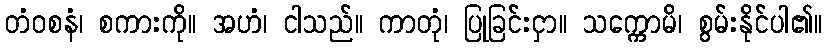
တံဝစနံ၊ စကားကို။ အဟံ၊ ငါသည်။ ကာတုံ၊ ပြုခြင်းငှာ။ သက္ကောမိ၊ စွမ်းနိုင်ပါ၏။